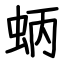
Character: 蛃